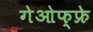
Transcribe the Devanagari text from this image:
गेओफ्फ्रे